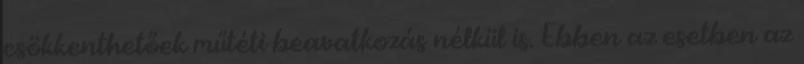
csökkenthetőek műtéti beavatkozás nélkül is. Ebben az esetben az